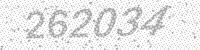
Solution: 262034